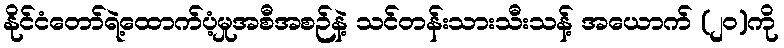
နိုင်ငံတော်ရဲ့ထောက်ပံ့မှုအစီအစဉ်နဲ့ သင်တန်းသားသီးသန့် အယောက် (၂၀)ကို